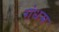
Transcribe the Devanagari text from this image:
गंधम